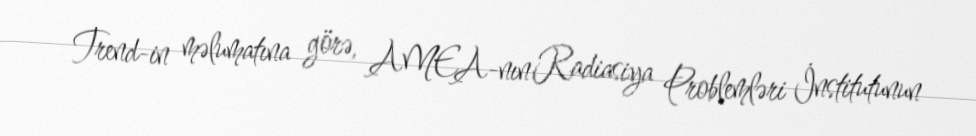
Trend-in məlumatına görə, AMEA-nın Radiasiya Problemləri İnstitutunun